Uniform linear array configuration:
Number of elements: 48
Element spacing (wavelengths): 0.25
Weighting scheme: uniform
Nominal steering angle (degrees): -30
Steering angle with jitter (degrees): -28.0
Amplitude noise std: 0.05
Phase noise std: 0.05

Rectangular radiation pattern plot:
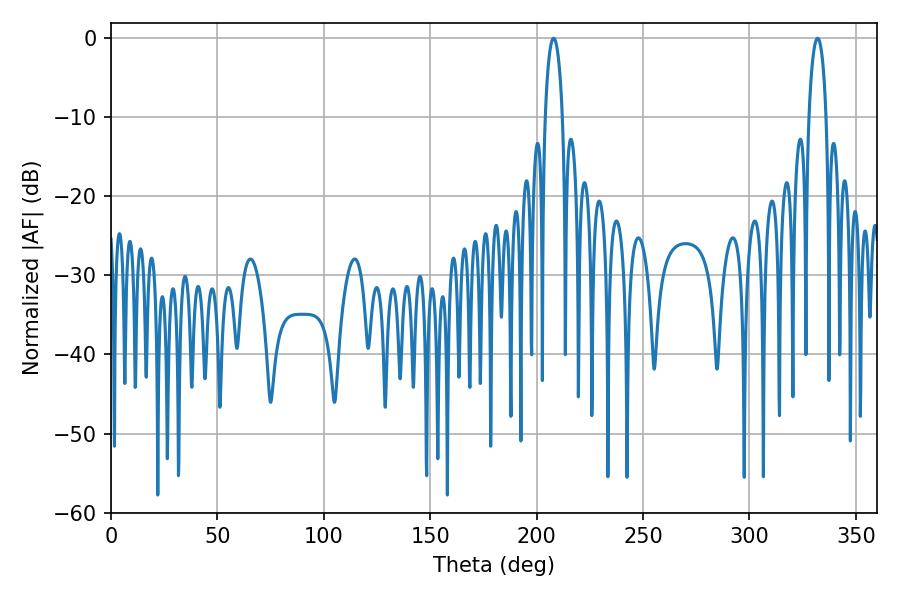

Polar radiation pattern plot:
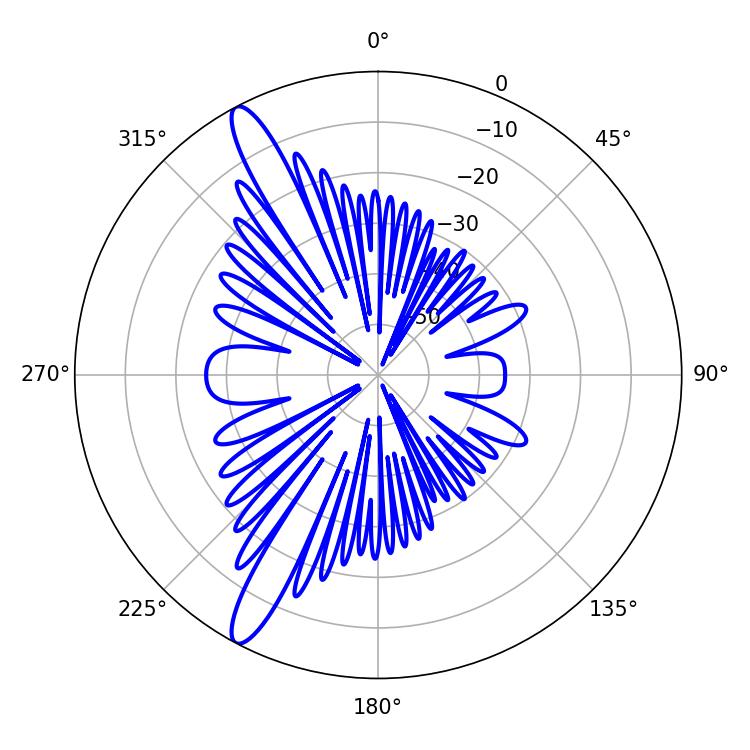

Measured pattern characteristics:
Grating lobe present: FALSE
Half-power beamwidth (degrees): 4.5
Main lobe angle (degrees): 207.9